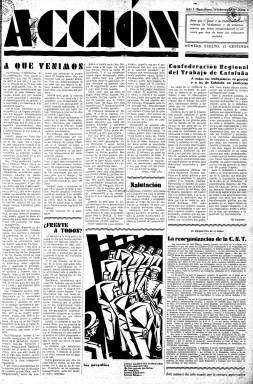
Título: Acción (Barcelona)
Colección: Prensa sindical || Anarquismo
Ámbito geográfico: Barcelona
Lugar de publicación: Barcelona
Fechas: 15/02/1930-19/02/1931

Periódico anarcosindicalista nacido en Barcelona en febrero de 1930 tras la desaparición de la dictadura de Primo de Rivera y el establecimiento de la llamada dictablanda del general Berenguer, que permitió la aparición de publicaciones antes prohibidas y concedió un indulto de políticos y sindicalistas encarcelados, aunque no muy amplio.

 Acción salió como semanal, pero en el número 39, del 23 de noviembre de 1930, se convirtió en diario. Así siguió hasta el 13 de diciembre en que volvió a ser semanal para dejar su labor al diario de la CNT Solidaridad Obrera, publicación que volvía a aparecer tras haber sido legalizada meses antes, aunque con suspensiones frecuentes.

  Este semanario, que apareció autoproclamándose portavoz de la CNT, pertenecía a la tendencia anarcosindicalista y defendía un sindicalismo revolucionario pero alejado del extremismo de la FAI, el grupo más radical de la central anarcosindicalista.

  Acción estaba editada por el llamado grupo Solidaridad, que había suscrito el conocido como Manifiesto de los 30, uno de cuyos líderes era Ángel Pestaña, del que se puede ver un artículo en la portada del primer número del semanario. La publicación, que era visada por la censura, fue denunciada varias veces y en alguna ocasión sus ejemplares fueron recogidos, como el 28 de noviembre de 1930 por un artículo sobre el complot de Vallecas. Estos datos están tomados del estudio ‘La prensa anarquista y anarcosindicalista en España desde la I Internacional hasta el final de la Guerra Civil’, de Francisco Madrid Santos, de la Universitat de Barcelona.

  De hecho, en la colección que posee la BNE hay numerosas faltas que atestiguan la trayectoria irregular del semanario y la represión gubernamental que impidió en ocasiones su normal aparición. En la cabecera de muchos de los números se puede ver un recuadro con consignas revolucionarias.

  No obstante, hubo ocasiones en que el propio semanario pudo informar sin problemas de las acciones tomadas contra los miembros de la CNT. Por ejemplo, en la portada del 20 de septiembre de 1930 puede leerse en grandes titulares la noticia de las detenciones efectuadas de los miembros de la redacción y administración de Solidaridad Obrera en la misma sede del diario.

   La publicación contaba solo con cuatro páginas y carecía de publicidad, de acuerdo con su ideario anticapitalista. Los primeros números contaban en su portada con una ilustración que daban amenidad a sus columnas. Este rasgo gráfico desapareció paulatinamente.

[Descripción publicada el 17/08/2022]